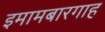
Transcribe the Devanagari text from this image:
इमामबारगाह